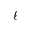
\ell